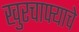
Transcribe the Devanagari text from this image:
खुरचाफ्याचे